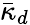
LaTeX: \bar{\kappa}_{d}